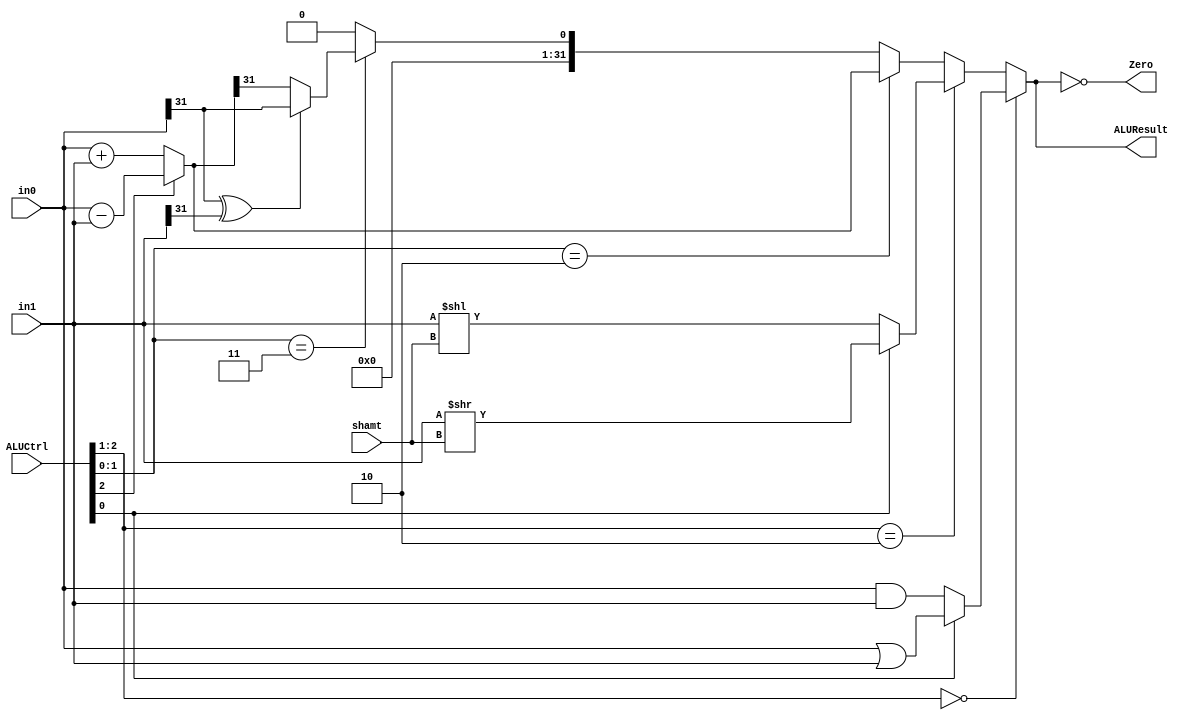
module ALU(
    in0,
    in1,
    ALUCtrl,
    shamt,
    Zero,
    ALUResult
);

input  [31:0] in0;
input  [31:0] in1;
input  [3:0]  ALUCtrl;
input  [4:0]  shamt;

output Zero;
output [31:0] ALUResult;

// wire [31:0] neg_in1 = ~in1 + 32'b1;
// wire [31:0] add_or_sub = in0 + (ALUCtrl[2]? neg_in1 : in1);
wire [31:0] add_or_sub = ALUCtrl[2] ? in0 - in1 : in0 + in1;
assign ALUResult = ALUCtrl[2:1] == 2'b00 ? ( ALUCtrl[0]? in0 | in1 : in0 & in1 ) :
                   ALUCtrl[2:1] == 2'b10 ? ( ALUCtrl[0]? in1 >> shamt : in1 << shamt ) :
                   ALUCtrl[1:0] == 2'b10 ? add_or_sub :
                   ALUCtrl[1:0] == 2'b11 ? { 31'b0, (in0[31] ^ in1[31])? in0[31] : add_or_sub[31] } :
                   32'b0;

assign Zero = ( ALUResult == 32'b0 );

endmodule